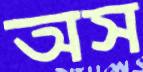
অস